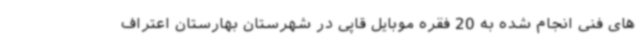
های فنی انجام شده به 20 فقره موبایل قاپی در شهرستان بهارستان اعتراف